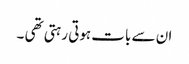
ان سے بات ہوتی رہتی تھی ۔